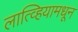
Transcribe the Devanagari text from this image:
लात्व्हियामधून